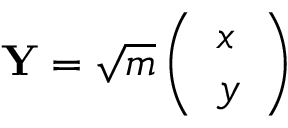
\begin{array} { r } { \mathbf { Y } = \sqrt { m } \left( \begin{array} { l } { x } \\ { y } \end{array} \right) } \end{array}